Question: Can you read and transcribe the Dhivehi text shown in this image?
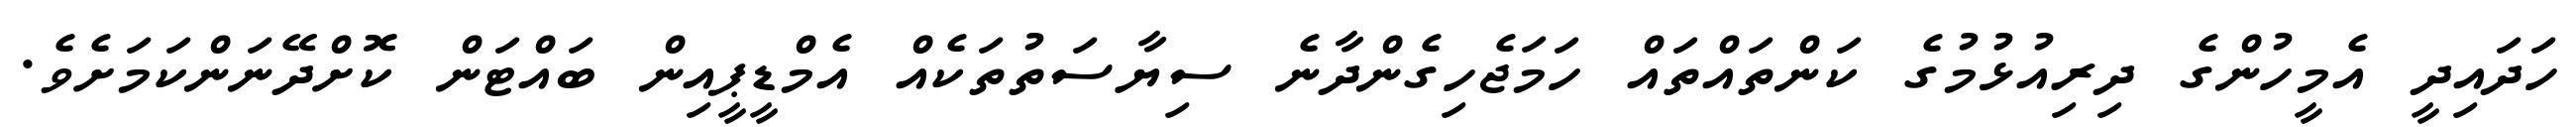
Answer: ހަދައިދީ އެމީހުންގެ ދިރިއުޅުމުގެ ކަންތައްތައް ހަމަޖެހިގެންދާނެ ސިޔާސަތުތަކެއް އެމްޑީޕީއިން ބައްޓަން ކޮށްދޭނަންކަމަށެވެ.